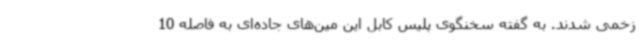
زخمی شدند. به گفته سخنگوی پلیس کابل این مین‌های جاده‌ای به فاصله 10